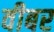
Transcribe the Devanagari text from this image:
वीबर